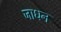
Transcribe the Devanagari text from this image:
जाधन